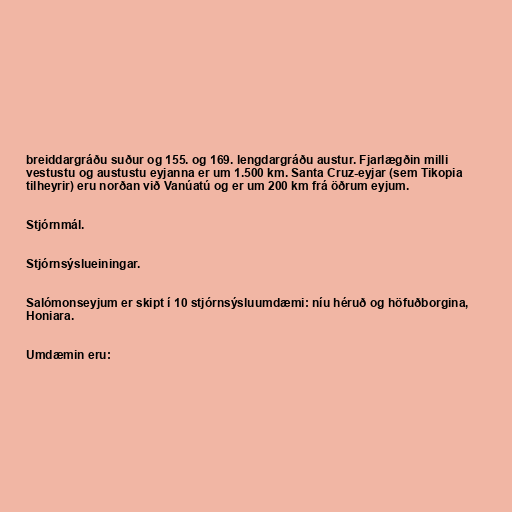
breiddargráðu suður og 155. og 169. lengdargráðu austur. Fjarlægðin milli
vestustu og austustu eyjanna er um 1.500 km. Santa Cruz-eyjar (sem Tikopia
tilheyrir) eru norðan við Vanúatú og er um 200 km frá öðrum eyjum.

Stjórnmál.

Stjórnsýslueiningar.

Salómonseyjum er skipt í 10 stjórnsýsluumdæmi: níu héruð og höfuðborgina,
Honiara.

Umdæmin eru: